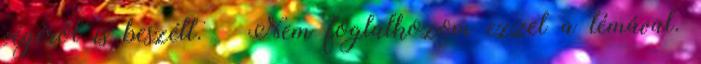
végéről is beszélt. – Nem foglalkozom ezzel a témával.